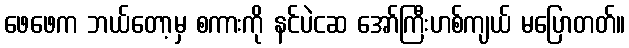
ဖေဖေက ဘယ်တော့မှ စကားကို နင်ပဲငဆ အော်ကြီးဟစ်ကျယ် မပြောတတ်။